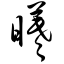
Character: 曦